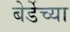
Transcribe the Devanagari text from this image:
बेर्डेच्या